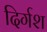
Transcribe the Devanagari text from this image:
दिर्गश